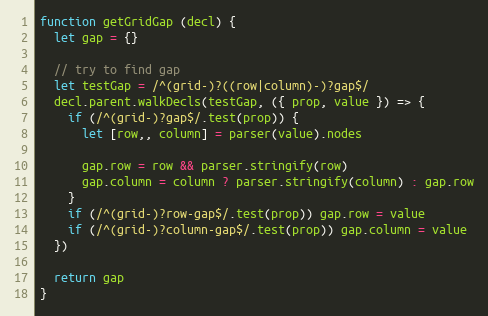
Language: JavaScript
function getGridGap (decl) {
  let gap = {}

  // try to find gap
  let testGap = /^(grid-)?((row|column)-)?gap$/
  decl.parent.walkDecls(testGap, ({ prop, value }) => {
    if (/^(grid-)?gap$/.test(prop)) {
      let [row,, column] = parser(value).nodes

      gap.row = row && parser.stringify(row)
      gap.column = column ? parser.stringify(column) : gap.row
    }
    if (/^(grid-)?row-gap$/.test(prop)) gap.row = value
    if (/^(grid-)?column-gap$/.test(prop)) gap.column = value
  })

  return gap
}